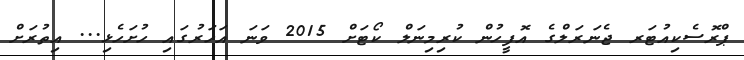
ޕްރޮސެކިއުޓަރ ޖެނަރަލްގެ އޮފީހުން ކުރިމިނަލް ކޯޓަށް 2015 ވަނަ އަހަރުގައި ހުށަހެޅި... އިތުރަށް